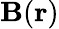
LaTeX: \mathbf{B}(\mathbf{r})